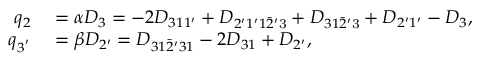
\begin{array} { r l } { q _ { 2 } } & { { } = \alpha { D _ { 3 } } = - 2 { D _ { 3 1 1 ^ { \prime } } } + { D _ { 2 ^ { \prime } 1 ^ { \prime } 1 \bar { 2 } ^ { \prime } \mathrm { { 3 } } } } + { D _ { 3 1 \bar { 2 } ^ { \prime } \mathrm { { 3 } } } } + { D _ { 2 ^ { \prime } 1 ^ { \prime } } } - { D _ { 3 } } , } \\ { q _ { 3 ^ { ' } } } & { { } = \beta { D _ { 2 ^ { \prime } } } = { D _ { 3 1 \bar { 2 } ^ { \prime } 3 1 } } - 2 { D _ { 3 1 } } + { D _ { 2 ^ { \prime } } } , } \end{array}